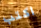
اكتب